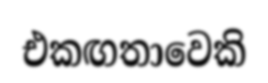
එකඟතාවෙකි